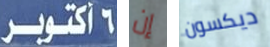
6 أكتوبر إن ديكسون